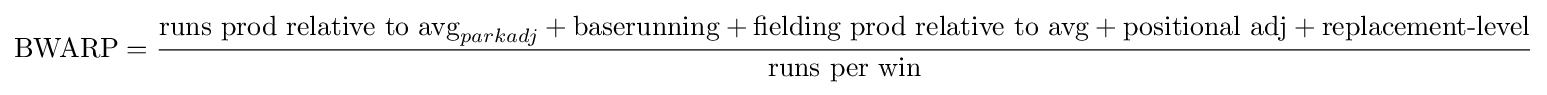
{\text{BWARP}}={\frac {{\text{runs prod relative to avg}}_{parkadj}+{\text{baserunning}}+{\text{fielding prod relative to avg}}+{\text{positional adj}}+{\text{replacement-level}}}{\text{runs per win}}}